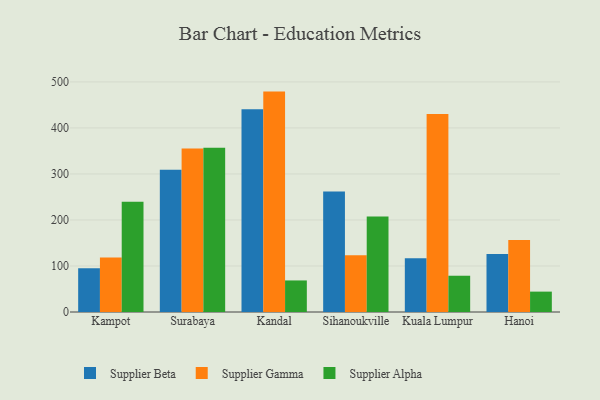
{"axis": {"x": "City", "y": "Conversion Rate (%)"}, "legend": ["Supplier Alpha", "Supplier Beta", "Supplier Gamma"], "data": [{"x": "Kampot", "y": 95.0, "type": "Supplier Beta"}, {"x": "Kampot", "y": 118.3, "type": "Supplier Gamma"}, {"x": "Kampot", "y": 239.4, "type": "Supplier Alpha"}, {"x": "Surabaya", "y": 309.2, "type": "Supplier Beta"}, {"x": "Surabaya", "y": 355.4, "type": "Supplier Gamma"}, {"x": "Surabaya", "y": 357.0, "type": "Supplier Alpha"}, {"x": "Kandal", "y": 440.5, "type": "Supplier Beta"}, {"x": "Kandal", "y": 479.0, "type": "Supplier Gamma"}, {"x": "Kandal", "y": 68.6, "type": "Supplier Alpha"}, {"x": "Sihanoukville", "y": 262.0, "type": "Supplier Beta"}, {"x": "Sihanoukville", "y": 123.1, "type": "Supplier Gamma"}, {"x": "Sihanoukville", "y": 207.5, "type": "Supplier Alpha"}, {"x": "Kuala Lumpur", "y": 116.9, "type": "Supplier Beta"}, {"x": "Kuala Lumpur", "y": 430.4, "type": "Supplier Gamma"}, {"x": "Kuala Lumpur", "y": 78.8, "type": "Supplier Alpha"}, {"x": "Hanoi", "y": 125.8, "type": "Supplier Beta"}, {"x": "Hanoi", "y": 156.5, "type": "Supplier Gamma"}, {"x": "Hanoi", "y": 44.3, "type": "Supplier Alpha"}]}